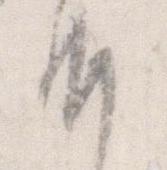
恐